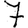
Digit: 7